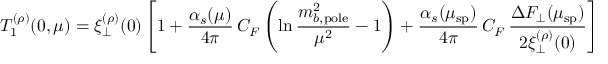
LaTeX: T _ { 1 } ^ { ( \rho ) } ( 0 , \mu ) = \xi _ { \perp } ^ { ( \rho ) } ( 0 ) \left[ 1 + \frac { \alpha _ { s } ( \mu ) } { 4 \pi } \, C _ { F } \left( \ln \frac { m _ { b , \mathrm { p o l e } } ^ { 2 } } { \mu ^ { 2 } } - 1 \right) + \frac { \alpha _ { s } ( \mu _ { \mathrm { s p } } ) } { 4 \pi } \, C _ { F } \, \frac { \Delta F _ { \perp } ( \mu _ { \mathrm { s p } } ) } { 2 \xi _ { \perp } ^ { ( \rho ) } ( 0 ) } \right] ,